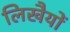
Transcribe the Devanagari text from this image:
लिखैयों